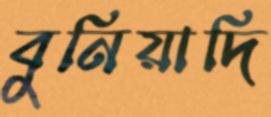
বুনিয়াদি